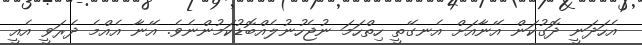
އެހަދަނީ ދޮގުކަން އޭނާއަށް އެނގޭތީ ހިތްހަމަ ނުޖެހުނުލެއްބޮޑުކަމުންނެވެ. އޭނާ އެއްމެ ދެރަވީ އެއީ